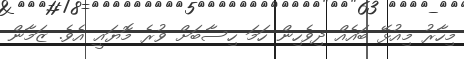
މިހާރު މިއުޅޭ ބައެއް ދިވެހިން ހަމަ ހިސާބަށް ވުރެ މޮޔައީ އެވެ. ޒަމާން